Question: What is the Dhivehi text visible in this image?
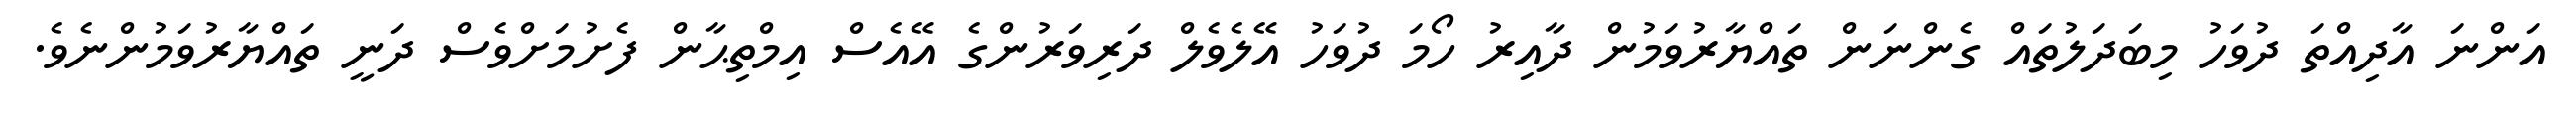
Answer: އަންނަ އާދިއްތަ ދުވަހު މިބަދަލުތައް ގެންނަން ތައްޔާރުވަމުން ދާއިރު ހޯމަ ދުވަހު އޭލެވެލް ދަރިވަރުންގެ އޭއެސް އިމްތިޙާން ފެށުމަށްވެސް ދަނީ ތައްޔާރުވަމުންނެވެ.